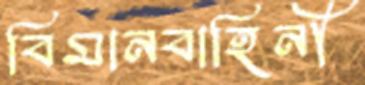
বিমানবাহিনী